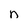
Character: n